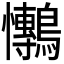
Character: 𭟫